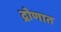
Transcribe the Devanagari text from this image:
द्रोणात